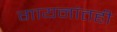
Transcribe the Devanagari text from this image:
गायनांतही